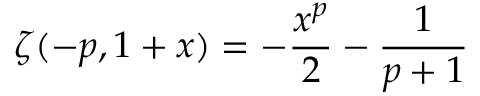
\zeta ( - p , 1 + x ) = - \frac { x ^ { p } } { 2 } - \frac { 1 } { p + 1 }